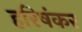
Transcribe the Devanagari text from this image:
हरिषंकर